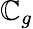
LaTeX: \mathbb{C}_{g}